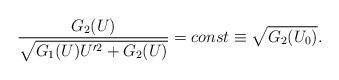
LaTeX: \begin{align*}\frac{G_2(U)}{\sqrt{G_1(U) U^{\prime 2} + G_2(U)}} = const\equiv \sqrt{G_2(U_0)}.\end{align*}